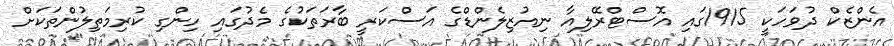
އެންޒެކް ދުވަހަކީ 1915ގައި އޮސްޓްރޭލިއާ ނިއުޒިލެންޑްގެ އަސްކަރީ ބާރަތަކުގެ މެދުގައި ހިންގި ކުރިމަތިލުންތަކަށް